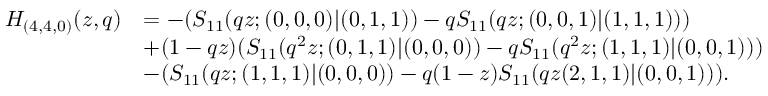
\begin{array} { r l } { H _ { ( 4 , 4 , 0 ) } ( z , q ) } & { = - ( S _ { 1 1 } ( q z ; ( 0 , 0 , 0 ) | ( 0 , 1 , 1 ) ) - q S _ { 1 1 } ( q z ; ( 0 , 0 , 1 ) | ( 1 , 1 , 1 ) ) ) } \\ & { + ( 1 - q z ) ( S _ { 1 1 } ( q ^ { 2 } z ; ( 0 , 1 , 1 ) | ( 0 , 0 , 0 ) ) - q S _ { 1 1 } ( q ^ { 2 } z ; ( 1 , 1 , 1 ) | ( 0 , 0 , 1 ) ) ) } \\ & { - ( S _ { 1 1 } ( q z ; ( 1 , 1 , 1 ) | ( 0 , 0 , 0 ) ) - q ( 1 - z ) S _ { 1 1 } ( q z ( 2 , 1 , 1 ) | ( 0 , 0 , 1 ) ) ) . } \end{array}